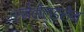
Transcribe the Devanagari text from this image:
एनेवोल्डसेन